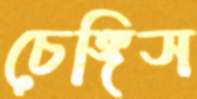
চেঙ্গিস